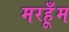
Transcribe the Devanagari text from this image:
मरहूँम